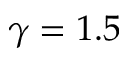
\gamma = 1 . 5